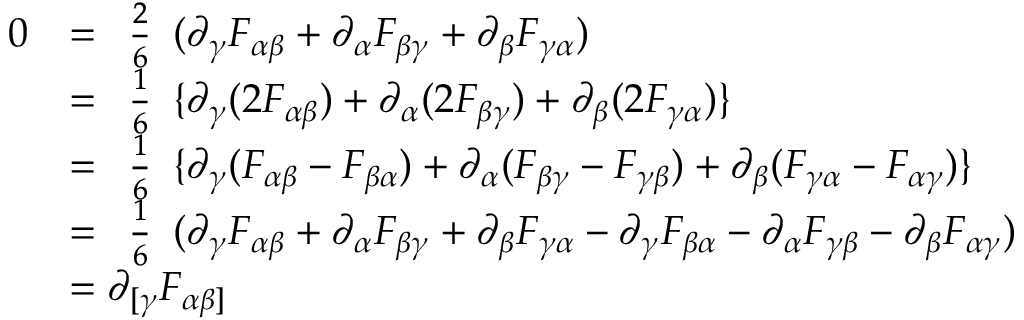
{ \begin{array} { r l } { 0 } & { = { \begin{array} { l } { { \frac { 2 } { 6 } } } \end{array} } ( \partial _ { \gamma } F _ { \alpha \beta } + \partial _ { \alpha } F _ { \beta \gamma } + \partial _ { \beta } F _ { \gamma \alpha } ) } \\ & { = { \begin{array} { l } { { \frac { 1 } { 6 } } } \end{array} } \{ \partial _ { \gamma } ( 2 F _ { \alpha \beta } ) + \partial _ { \alpha } ( 2 F _ { \beta \gamma } ) + \partial _ { \beta } ( 2 F _ { \gamma \alpha } ) \} } \\ & { = { \begin{array} { l } { { \frac { 1 } { 6 } } } \end{array} } \{ \partial _ { \gamma } ( F _ { \alpha \beta } - F _ { \beta \alpha } ) + \partial _ { \alpha } ( F _ { \beta \gamma } - F _ { \gamma \beta } ) + \partial _ { \beta } ( F _ { \gamma \alpha } - F _ { \alpha \gamma } ) \} } \\ & { = { \begin{array} { l } { { \frac { 1 } { 6 } } } \end{array} } ( \partial _ { \gamma } F _ { \alpha \beta } + \partial _ { \alpha } F _ { \beta \gamma } + \partial _ { \beta } F _ { \gamma \alpha } - \partial _ { \gamma } F _ { \beta \alpha } - \partial _ { \alpha } F _ { \gamma \beta } - \partial _ { \beta } F _ { \alpha \gamma } ) } \\ & { = \partial _ { [ \gamma } F _ { \alpha \beta ] } } \end{array} }